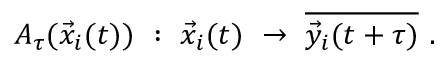
A _ { \tau } ( \vec { x } _ { i } ( t ) ) ~ : ~ \vec { x } _ { i } ( t ) ~ \rightarrow ~ \overline { { \vec { y } _ { i } ( t + \tau ) } } ~ .